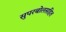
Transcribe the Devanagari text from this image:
सुपरबोलसहित